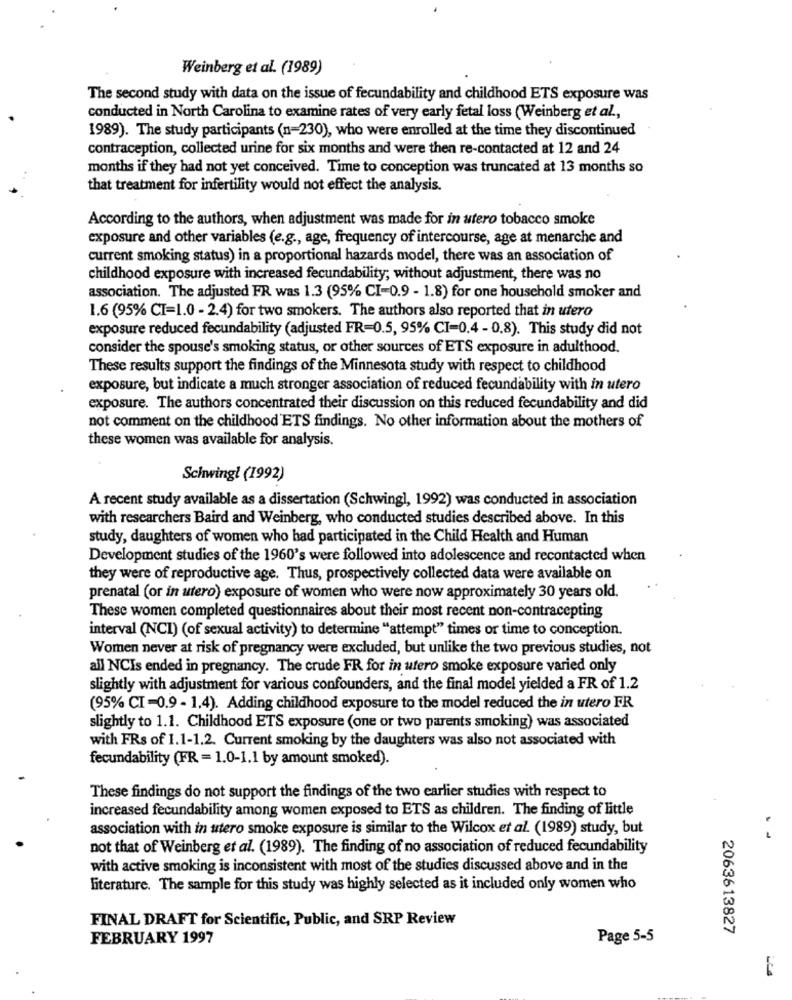
Weinberg et al. (1989)
The second study with data on the issue of fecundability and childhood ETS exposure was
conducted in North Carolina to examine rates of very early fetal loss (Weinberg et al .,
1989). The study participants (n=230), who were enrolled at the time they discontinued
contraception, collected urine for six months and were then re-contacted at 12 and 24
months if they had not yet conceived. Time to conception was truncated at 13 months so
that treatment for infertility would not effect the analysis.
According to the authors, when adjustment was made for in utero tobacco smoke
exposure and other variables (e.g ., age, frequency of intercourse, age at menarche and
current smoking status) in a proportional hazards model, there was an association of
childhood exposure with increased fecundability; without adjustment, there was no
association. The adjusted FR was 1.3 (95% CI=0.9 - 1.8) for one household smoker and
1.6 (95% CI=1.0 - 2.4) for two smokers. The authors also reported that in utero
exposure reduced fecundability (adjusted FR=0.5, 95% CI=0.4 - 0.8). This study did not
consider the spouse's smoking status, or other sources of ETS exposure in adulthood.
These results support the findings of the Minnesota study with respect to childhood
exposure, but indicate a much stronger association of reduced fecundability with in utero
exposure. The authors concentrated their discussion on this reduced fecundability and did
not comment on the childhood ETS findings. No other information about the mothers of
these women was available for analysis.
Schwingt (1992)
A recent study available as a dissertation (Schwing], 1992) was conducted in association
with researchers Baird and Weinberg, who conducted studies described above. In this
study, daughters of women who had participated in the Child Health and Human
Development studies of the 1960's were followed into adolescence and recontacted when
they were of reproductive age. Thus, prospectively collected data were available on
prenatal (or in utero) exposure of women who were now approximately 30 years old.
These women completed questionnaires about their most recent non-contracepting
interval (NCI) (of sexual activity) to determine "attempt" times or time to conception.
Women never at risk of pregnancy were excluded, but unlike the two previous studies, not
all NCIs ended in pregnancy. The crude FR for in utero smoke exposure varied only
slightly with adjustment for various confounders, and the final model yielded a FR of 1.2
(95% CI-0.9 - 1.4). Adding childhood exposure to the model reduced the in utero FR
slightly to 1.1. Childhood ETS exposure (one or two parents smoking) was associated
with FRs of 1.1-1.2. Current smoking by the daughters was also not associated with
fecundability (FR = 1.0-1.1 by amount smoked).
These findings do not support the findings of the two earlier studies with respect to
increased fecundability among women exposed to ETS as children. The finding of little
association with in utero smoke exposure is similar to the Wilcox et al. (1989) study, but
not that of Weinberg et al. (1989). The finding of no association of reduced fecundability
with active smoking is inconsistent with most of the studies discussed above and in the
literature. The sample for this study was highly selected as it included only women who
FINAL DRAFT for Scientific, Public, and SRP Review
2063613827
FEBRUARY 1997
Page 5-5